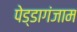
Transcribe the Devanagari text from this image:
पेड्डागंजाम